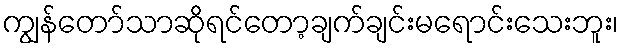
ကျွန်တော်သာဆိုရင်တော့ချက်ချင်းမရောင်းသေးဘူး၊